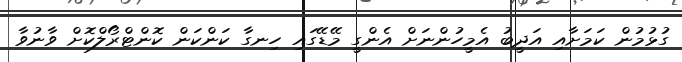
ގުޅުމުން ކަމަށާއި އަދީބު އެމީހުންނަށް އެންގީ މޭޑޭގައި ހިނގާ ކަންކަން ކޮންޓްރޯލްކޮށް ވާނުވާ